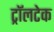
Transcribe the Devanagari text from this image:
ट्रॉलटेक